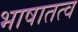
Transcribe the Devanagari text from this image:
भाषातत्व